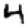
Digit: 4